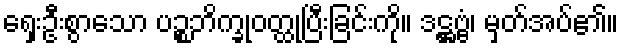
ရှေးဦးစွာသော ပဉ္စဘိက္ခုဝတ္ထုပြီးခြင်းကို။ ဒဋ္ဌဗ္ဗံ၊ မှတ်အပ်၏။